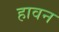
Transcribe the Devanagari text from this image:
हावन